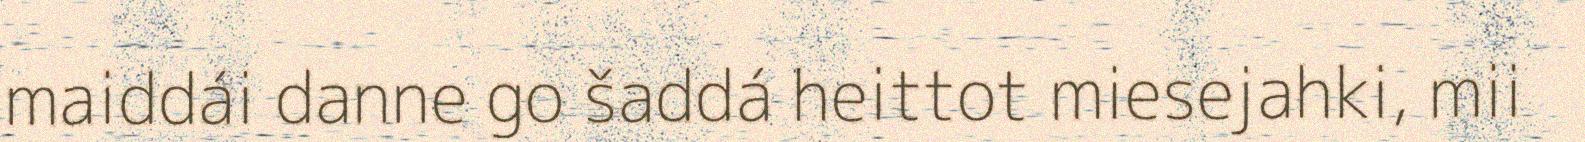
maiddái danne go šaddá heittot miesejahki, mii